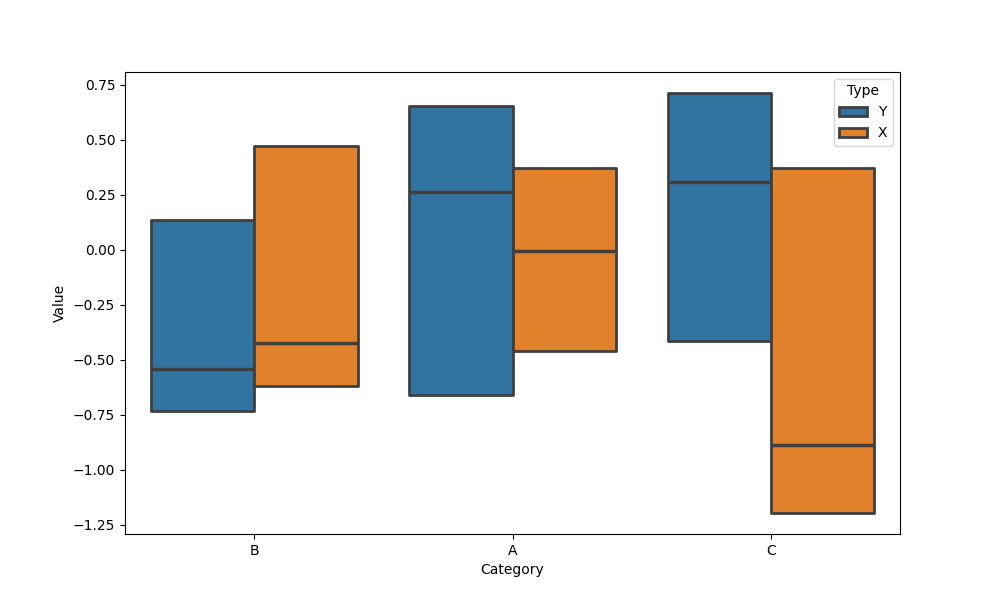
python, seaborn, boxenplot, k_depth='tukey', linewidth=2, scale='exponential', outlier_prop=0.1, showfliers=False